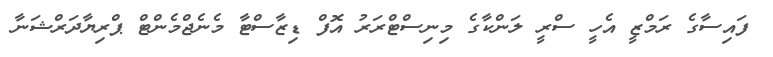
ފައިސާގެ ރަމްޒީ އެހީ ސްރީ ލަންކާގެ މިނިސްޓްރަރު އޮފް ޑިޒާސްޓާ މެނެޖްމެންޓް ޕްރިޔާދަރްޝަނާ